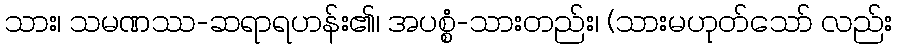
သား၊ သမဏဿ-ဆရာရဟန်း၏၊ အပစ္စံ-သားတည်း၊ (သားမဟုတ်သော် လည်း